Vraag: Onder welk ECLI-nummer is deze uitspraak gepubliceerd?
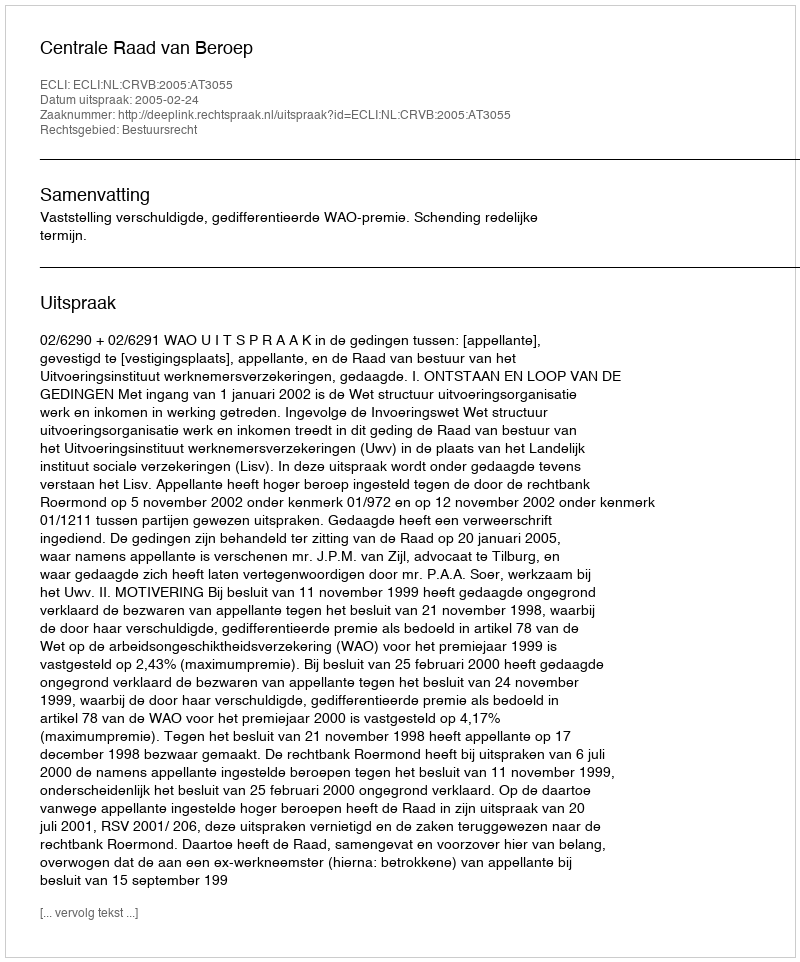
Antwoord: ECLI:NL:CRVB:2005:AT3055